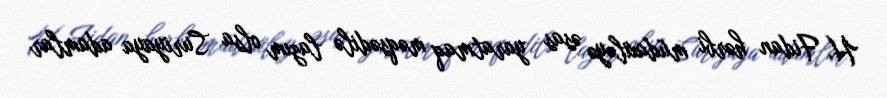
H. Fidan hərbi müdaxiləyə əsas yaratmaq məqsədilə lazım olsa Suriyaya adamlar